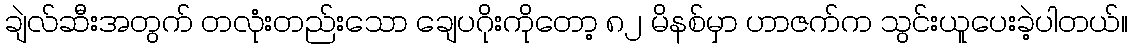
ချဲလ်ဆီးအတွက် တလုံးတည်းသော ချေပဂိုးကိုတော့ ၈၂ မိနစ်မှာ ဟာဇက်က သွင်းယူပေးခဲ့ပါတယ်။